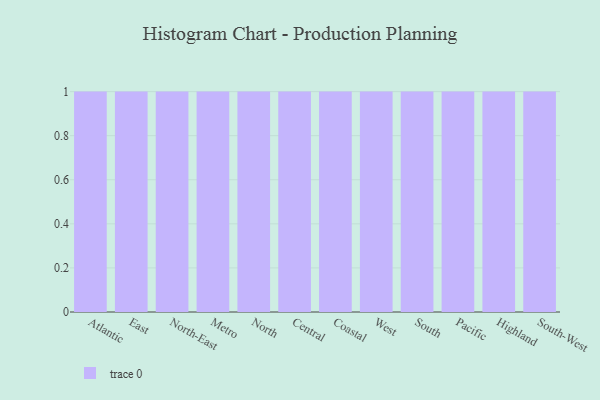
{"axis": {"x": "Region", "y": "Net Income (USD K)"}, "legend": [""], "data": [{"x": "Atlantic", "y": 51, "type": ""}, {"x": "East", "y": 91, "type": ""}, {"x": "North-East", "y": 48, "type": ""}, {"x": "Metro", "y": 81, "type": ""}, {"x": "North", "y": 15, "type": ""}, {"x": "Central", "y": 95, "type": ""}, {"x": "Coastal", "y": 51, "type": ""}, {"x": "West", "y": 89, "type": ""}, {"x": "South", "y": 11, "type": ""}, {"x": "Pacific", "y": 62, "type": ""}, {"x": "Highland", "y": 49, "type": ""}, {"x": "South-West", "y": 51, "type": ""}]}